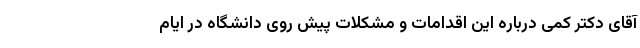
آقای دکتر کمی درباره این اقدامات و مشکلات پیش روی دانشگاه در ایام